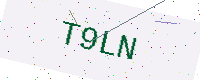
Text: T9LN